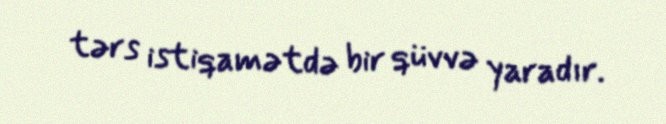
tərs istiqamətdə bir qüvvə yaradır.